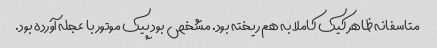
متاسفانه ظاهر کیک کاملا به هم ریخته بود. مشخص بود پیک موتور با عجله آورده بود.